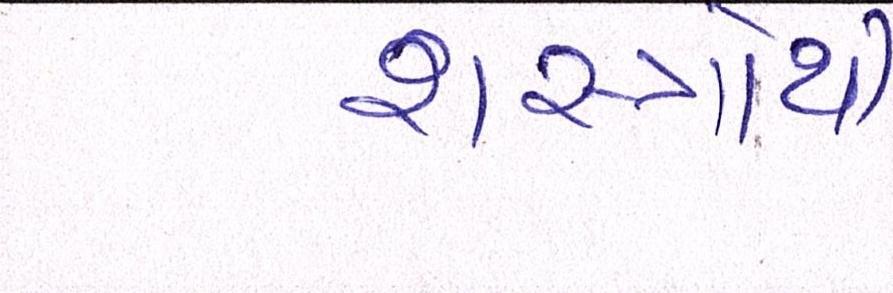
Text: શસ્ત્રોથી